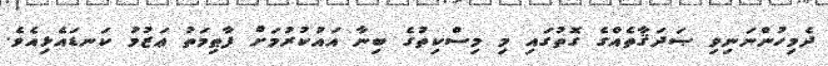
ދެމިހުންނަނިވި ޞަދަޤާތެއްގެ ގޮތުގައި މި މިސްކިތުގެ ބިނާ އައުކުރުމަށް ފާޠިމަތު ޢަޒުމު ކަނޑައެޅިއެވެ.